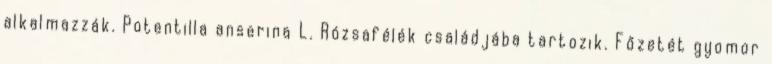
alkalmazzák. Potentilla anserina L. Rózsafélék családjába tartozik. Főzetét gyomor